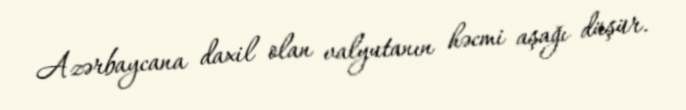
Azərbaycana daxil olan valyutanın həcmi aşağı düşür.